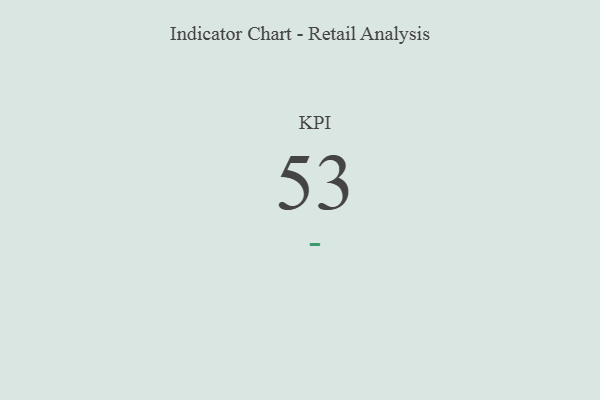
{"axis": {"x": "KPI", "y": "Value"}, "legend": [""], "data": [{"x": "KPI", "y": 53, "type": ""}]}